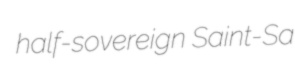
half-sovereign Saint-Sa